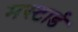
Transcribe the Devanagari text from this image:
मस्टार्ड